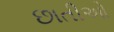
છાતીઓ